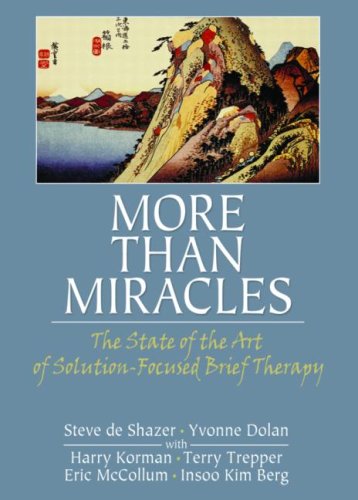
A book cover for More Than Miracles: The State of the Art of Solution-Focused Brief Therapy (Haworth Brief Therapy); Steve de Shazer; Health, Fitness & Dieting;